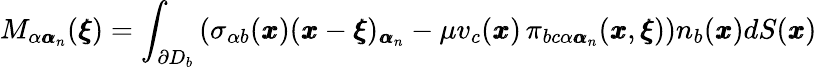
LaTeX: M_{\alpha{\pmb\alpha}_{n}}({\pmb\xi})=\int_{\partial D_{b}}\left(\sigma_{\alpha b}({\pmb x})({\pmb x}-{\pmb\xi})_{{\pmb\alpha}_{n}}-\mu v_{c}({\pmb x})\, \pi_{bc\alpha{\pmb\alpha}_{n}}({\pmb x},{\pmb\xi})\right)n_{b}({\pmb x})dS({\pmb x})